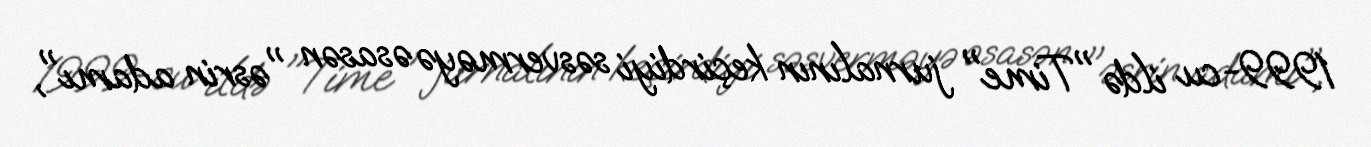
1999-cu ildə "Time" jurnalının keçirdiyi səsverməyə əsasən "əsrin adamı",